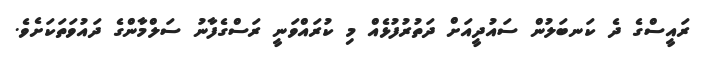
ރައީސްގެ ދެ ކަނބަލުން ސައުދީއަށް ދަތުރުފުޅެއް މި ކުރައްވަނީ ރަސްގެފާނު ސަލްމާންގެ ދައުވަތަކަށެވެ.